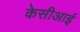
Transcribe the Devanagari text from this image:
केसीआई